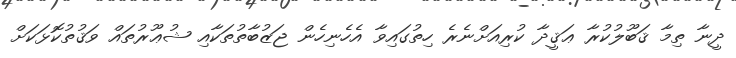
ދީނާ ތިމާ ޤަބޫލުކުރާ ޢަޤީދާ ކުރިއަށްނެރެ ހިތުގައިވާ އެހެެނިހެން ޖަޒުބާތުތަކާއި ޝުޢޫރުތައް ވަޤުތުކޮޅަކަށް